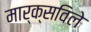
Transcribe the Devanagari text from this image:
मार्क्सविले